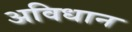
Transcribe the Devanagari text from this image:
अविधान